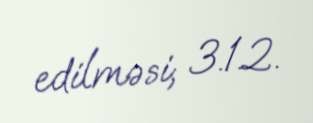
edilməsi; 3.1.2.